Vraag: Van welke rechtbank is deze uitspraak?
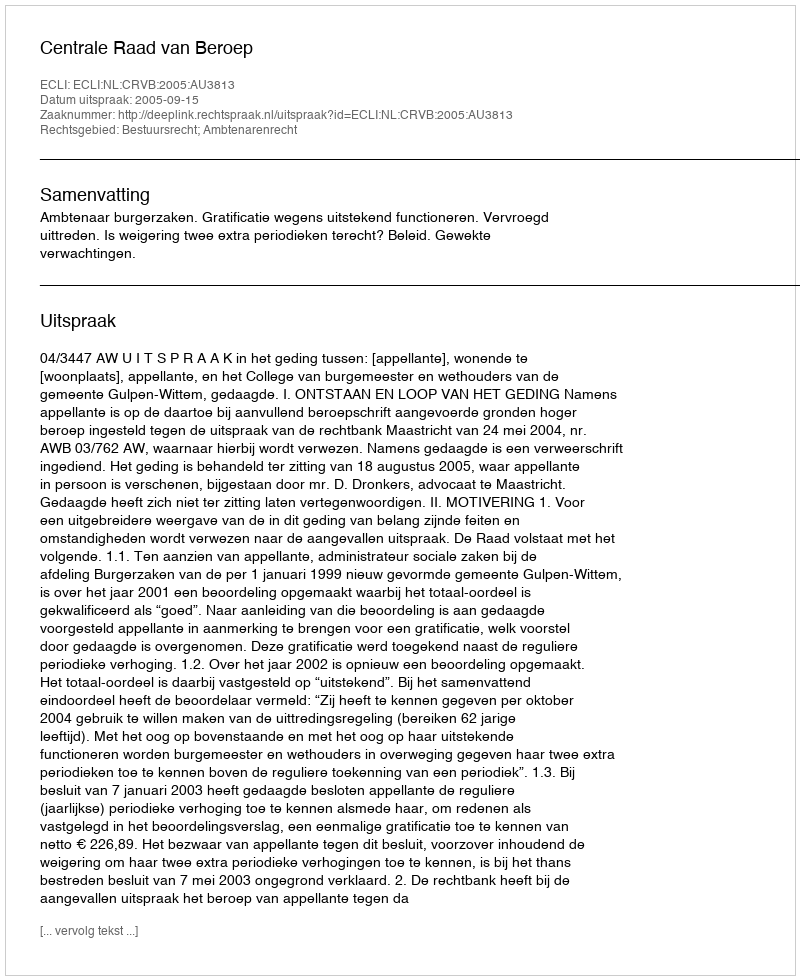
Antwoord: Centrale Raad van Beroep